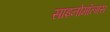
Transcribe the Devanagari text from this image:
साइनोमॉल्गस